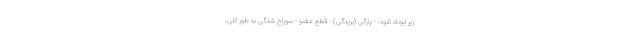
زیر ایجاد شود: - پارگی (بریدگی) - قطع عضو - سوراخ شدگی به طور کلی،